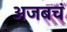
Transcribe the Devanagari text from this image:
अजबचं